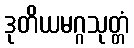
ဒုတိယမဂ္ဂသုတ္တံ